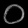
Digit: ၀